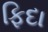
ફિદા